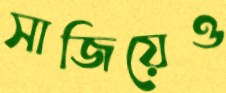
সাজিয়েও